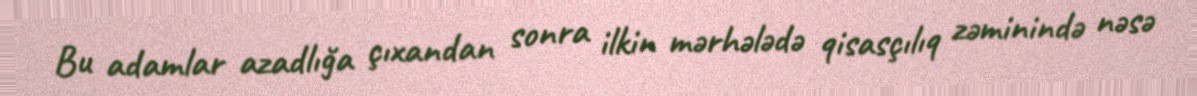
Bu adamlar azadlığa çıxandan sonra ilkin mərhələdə qisasçılıq zəminində nəsə